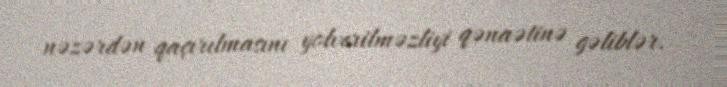
nəzərdən qaçırılmasını yolverilməzliyi qənaətinə gəliblər.